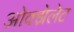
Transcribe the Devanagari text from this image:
ओक्झेलेट